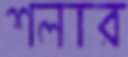
শলার